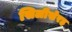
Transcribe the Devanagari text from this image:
सिलीसेरह